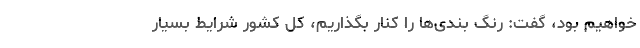
خواهیم بود، گفت: رنگ بندی‌ها را کنار بگذاریم، کل کشور شرایط بسیار